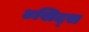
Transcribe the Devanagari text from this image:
४खिद्स